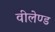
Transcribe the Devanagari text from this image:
वीलेण्ड